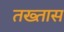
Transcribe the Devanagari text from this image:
तख्तास